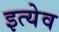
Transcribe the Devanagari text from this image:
इत्येव